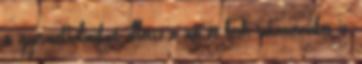
a gyermekholmikat, illetve a női és férfi ruhaneműket is,